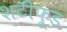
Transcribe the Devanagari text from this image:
शटीफ़ूड